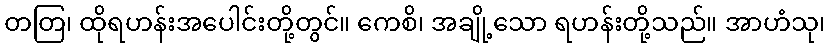
တတြ၊ ထိုရဟန်းအပေါင်းတို့တွင်။ ကေစိ၊ အချို့သော ရဟန်းတို့သည်။ အာဟံသု၊